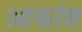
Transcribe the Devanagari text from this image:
आकांश